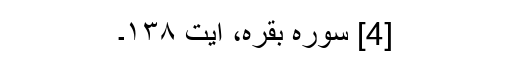
[4] سورہ بقرہ، آیت ۱۳۸۔